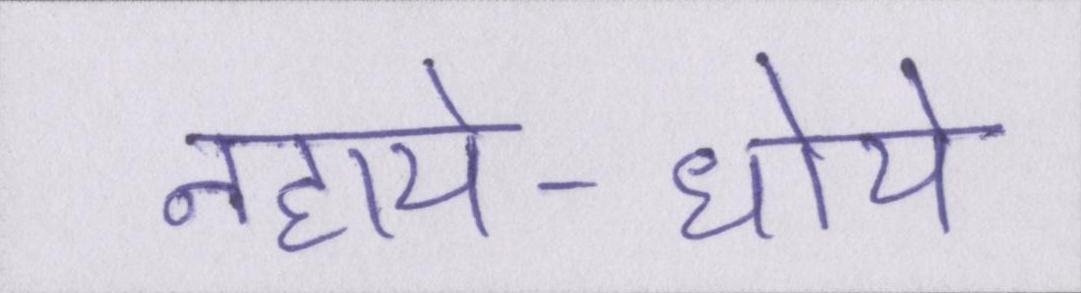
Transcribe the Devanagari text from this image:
नहाये-धोये